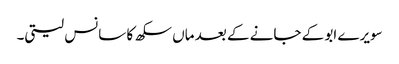
سویرے ابو کے جانے کے بعد ماں سکھ کا سانس لیتی۔